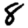
Digit: 8